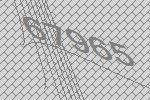
67965